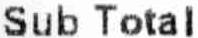
SUB TOTAL